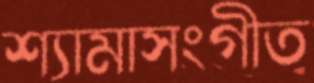
শ্যামাসংগীত